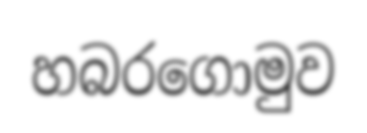
හබරගොමුව